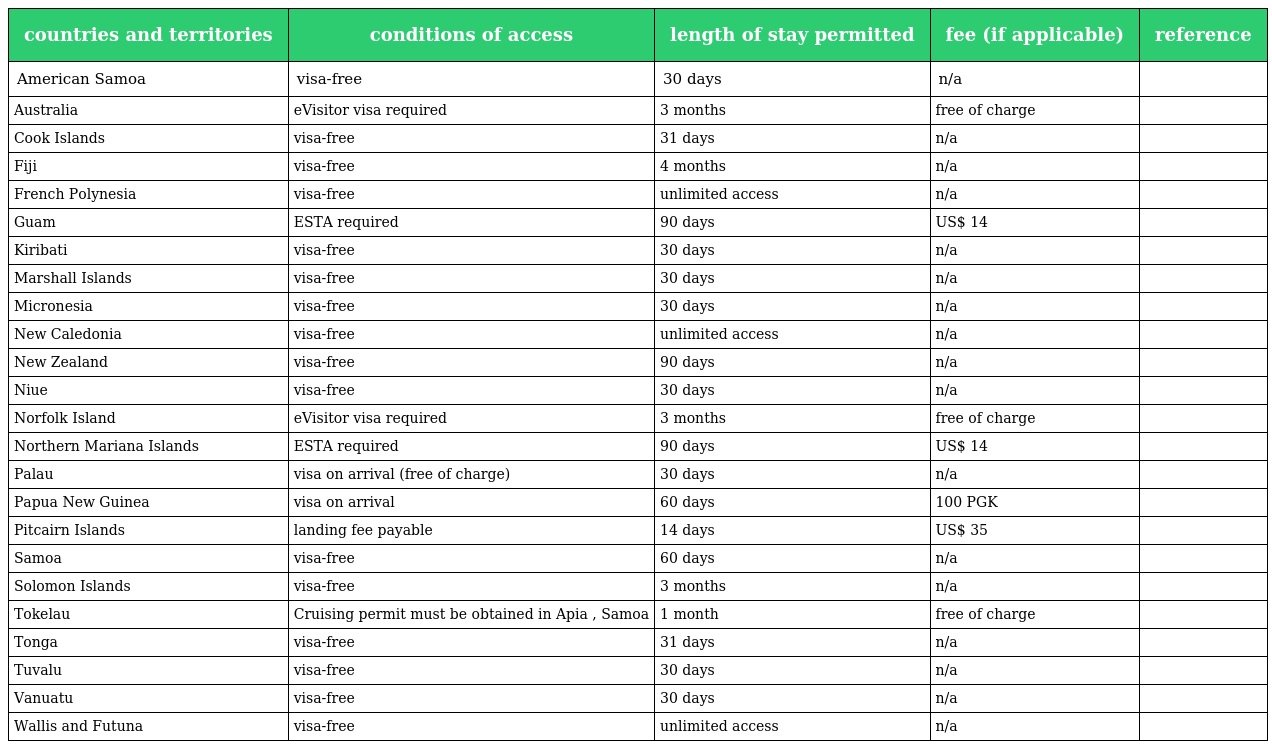
| countries and territories | conditions of access | length of stay permitted | fee (if applicable) | reference |
 | --- | --- | --- | --- | --- |
 | American Samoa | visa-free | 30 days | n/a |  |
 | Australia | eVisitor visa required | 3 months | free of charge |  |
 | Cook Islands | visa-free | 31 days | n/a |  |
 | Fiji | visa-free | 4 months | n/a |  |
 | French Polynesia | visa-free | unlimited access | n/a |  |
 | Guam | ESTA required | 90 days | US$ 14 |  |
 | Kiribati | visa-free | 30 days | n/a |  |
 | Marshall Islands | visa-free | 30 days | n/a |  |
 | Micronesia | visa-free | 30 days | n/a |  |
 | New Caledonia | visa-free | unlimited access | n/a |  |
 | New Zealand | visa-free | 90 days | n/a |  |
 | Niue | visa-free | 30 days | n/a |  |
 | Norfolk Island | eVisitor visa required | 3 months | free of charge |  |
 | Northern Mariana Islands | ESTA required | 90 days | US$ 14 |  |
 | Palau | visa on arrival (free of charge) | 30 days | n/a |  |
 | Papua New Guinea | visa on arrival | 60 days | 100 PGK |  |
 | Pitcairn Islands | landing fee payable | 14 days | US$ 35 |  |
 | Samoa | visa-free | 60 days | n/a |  |
 | Solomon Islands | visa-free | 3 months | n/a |  |
 | Tokelau | Cruising permit must be obtained in Apia , Samoa | 1 month | free of charge |  |
 | Tonga | visa-free | 31 days | n/a |  |
 | Tuvalu | visa-free | 30 days | n/a |  |
 | Vanuatu | visa-free | 30 days | n/a |  |
 | Wallis and Futuna | visa-free | unlimited access | n/a |  |